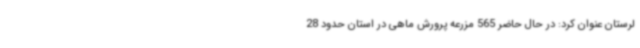
لرستان عنوان کرد: در حال حاضر 565 مزرعه پرورش ماهی در استان حدود 28